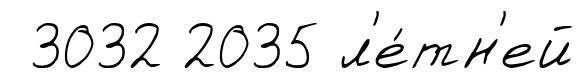
3032 2035 л'е́тн'ей